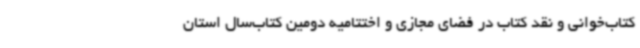
کتاب‌خوانی و نقد کتاب در فضای مجازی و اختتامیه دومین کتاب‌سال استان